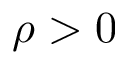
\rho > 0